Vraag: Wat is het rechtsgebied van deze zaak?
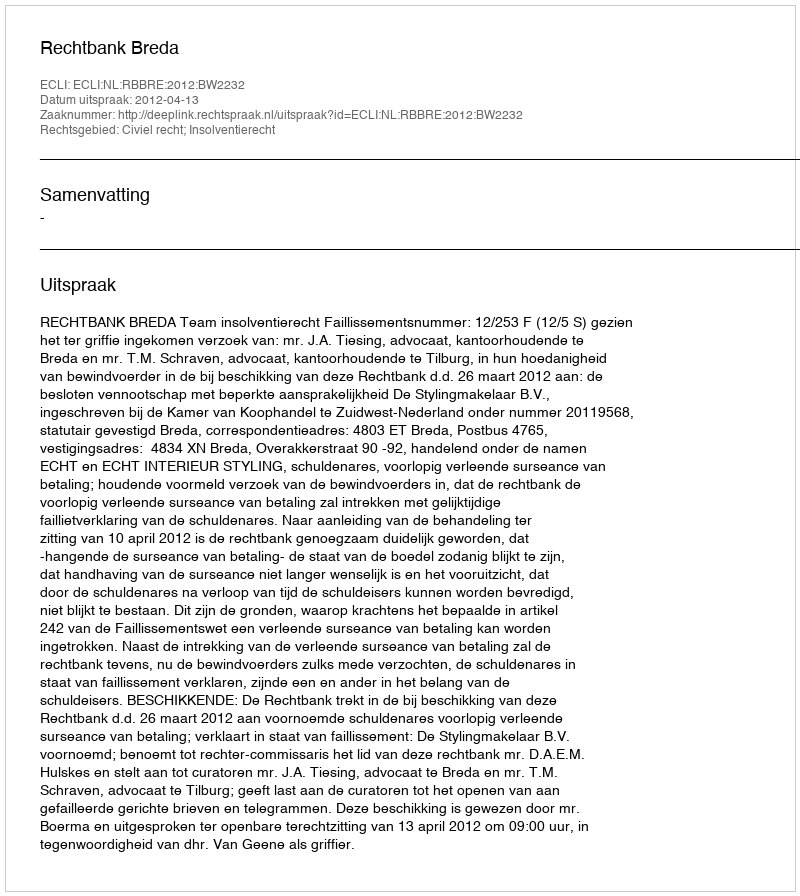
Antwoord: Civiel recht; Insolventierecht